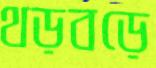
থড়বড়ে